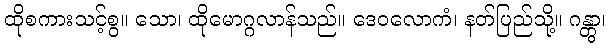
ထိုစကားသင့်စွ။ သော၊ ထိုမောဂ္ဂလာန်သည်။ ဒေဝလောကံ၊ နတ်ပြည်သို့။ ဂန္တွာ၊